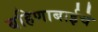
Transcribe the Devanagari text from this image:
बहिणाबाईचे